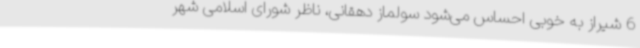
6 شیراز به خوبی احساس می‌شود سولماز دهقانی، ناظر شورای اسلامی شهر